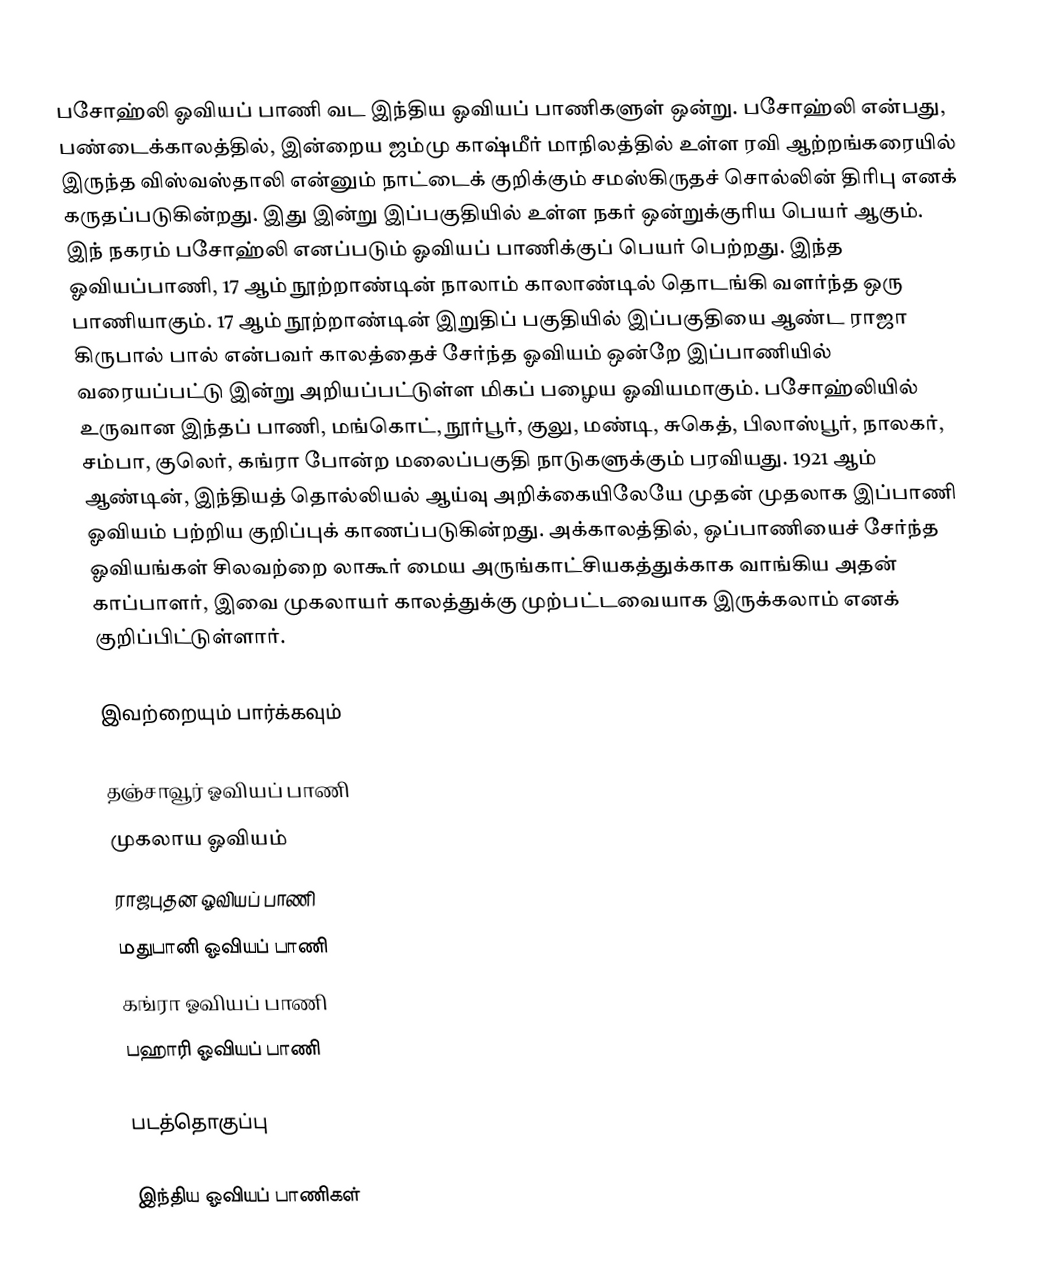
பசோஹ்லி ஓவியப் பாணி வட இந்திய ஓவியப் பாணிகளுள் ஒன்று. பசோஹ்லி என்பது, பண்டைக்காலத்தில், இன்றைய ஜம்மு காஷ்மீர் மாநிலத்தில் உள்ள ரவி ஆற்றங்கரையில் இருந்த விஸ்வஸ்தாலி என்னும் நாட்டைக் குறிக்கும் சமஸ்கிருதச் சொல்லின் திரிபு எனக் கருதப்படுகின்றது. இது இன்று இப்பகுதியில் உள்ள நகர் ஒன்றுக்குரிய பெயர் ஆகும். இந் நகரம் பசோஹ்லி எனப்படும் ஓவியப் பாணிக்குப் பெயர் பெற்றது. இந்த ஓவியப்பாணி, 17 ஆம் நூற்றாண்டின் நாலாம் காலாண்டில் தொடங்கி வளர்ந்த ஒரு பாணியாகும். 17 ஆம் நூற்றாண்டின் இறுதிப் பகுதியில் இப்பகுதியை ஆண்ட ராஜா கிருபால் பால் என்பவர் காலத்தைச் சேர்ந்த ஓவியம் ஒன்றே இப்பாணியில் வரையப்பட்டு இன்று அறியப்பட்டுள்ள மிகப் பழைய ஓவியமாகும். பசோஹ்லியில் உருவான இந்தப் பாணி, மங்கொட், நூர்பூர், குலு, மண்டி, சுகெத், பிலாஸ்பூர், நாலகர், சம்பா, குலெர், கங்ரா போன்ற மலைப்பகுதி நாடுகளுக்கும் பரவியது. 1921 ஆம் ஆண்டின், இந்தியத் தொல்லியல் ஆய்வு அறிக்கையிலேயே முதன் முதலாக இப்பாணி ஓவியம் பற்றிய குறிப்புக் காணப்படுகின்றது. அக்காலத்தில், ஒப்பாணியைச் சேர்ந்த ஓவியங்கள் சிலவற்றை லாகூர் மைய அருங்காட்சியகத்துக்காக வாங்கிய அதன் காப்பாளர், இவை முகலாயர் காலத்துக்கு முற்பட்டவையாக இருக்கலாம் எனக் குறிப்பிட்டுள்ளார்.

இவற்றையும் பார்க்கவும்

 தஞ்சாவூர் ஓவியப் பாணி
 முகலாய ஓவியம்
 ராஜபுதன ஓவியப் பாணி
 மதுபானி ஓவியப் பாணி
 கங்ரா ஓவியப் பாணி
 பஹாரி ஓவியப் பாணி

படத்தொகுப்பு

இந்திய ஓவியப் பாணிகள்